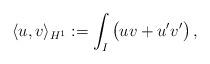
LaTeX: \begin{align*}\langle u,v\rangle_{H^1}:=\int_I\big(uv+u'v'\big)\,,\end{align*}